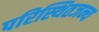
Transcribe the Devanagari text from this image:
परिस्थितजन्य